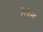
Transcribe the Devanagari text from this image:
रितेन्द्र